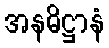
အနဓိဋ္ဌာနံ